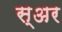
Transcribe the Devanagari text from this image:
स्अर